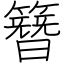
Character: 簪